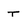
Character: t